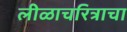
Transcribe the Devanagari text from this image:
लीळाचरित्राचा